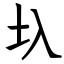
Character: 圦